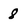
Character: 8